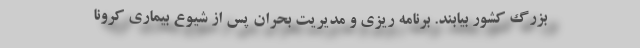
بزرگ کشور بیابند. برنامه ریزی و مدیریت بحران پس از شیوع بیماری کرونا